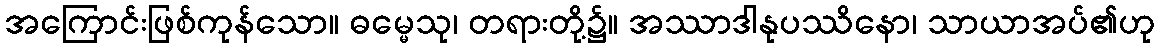
အကြောင်းဖြစ်ကုန်သော။ ဓမ္မေသု၊ တရားတို့၌။ အဿာဒါနုပဿိနော၊ သာယာအပ်၏ဟု